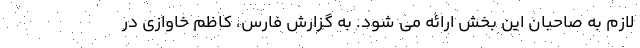
لازم به صاحبان این بخش ارائه می شود. به گزارش فارس، کاظم خاوازی در